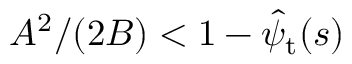
A ^ { 2 } / ( 2 B ) < 1 - \hat { \psi } _ { \mathrm { t } } ( s )